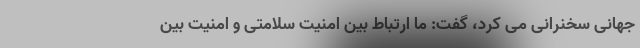
جهانی سخنرانی می کرد، گفت: ما ارتباط بین امنیت سلامتی و امنیت بین